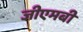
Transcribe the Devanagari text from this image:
जीएमबी